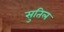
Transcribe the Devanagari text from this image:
सुतिल